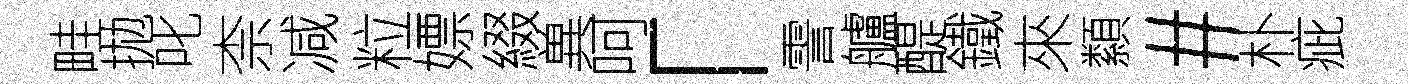
畦拋叱柰减粒嫖綴兾呵「霅艫醍鐵來纇#朴疵